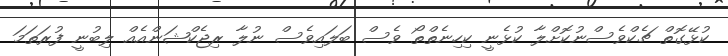
ކުޅޭގޮތް ޗެކްވެސްނުކޮށްލާ ކުޅެނީ ކިހިނެތްތޯ ވެސް ބަލައިވެސް ނުލާ ރިޖެކްޝަންއެއް ލިބުނީ ފުރަތަމަ